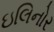
ઇલિનોર